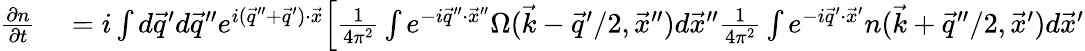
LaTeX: \begin{array}{rl}{\frac{\partial n}{\partial t}}&{{}=i\int d\vec{q}^{\prime}d\vec{q}^{\prime\prime}e^{i(\vec{q}^{\prime\prime}+\vec{q}^{\prime})\cdot\vec{x}}\Big[\frac{1}{4\pi^{2}}\int e^{-i\vec{q}^{\prime\prime}\cdot\vec{x}^{\prime\prime}}\Omega(\vec{k}-\vec{q}^{\prime}/2,\vec{x}^{\prime\prime})d\vec{x}^{\prime\prime}\frac{1}{4\pi^{2}}\int e^{-i\vec{q}^{\prime}\cdot\vec{x}^{\prime}}n(\vec{k}+\vec{q}^{\prime\prime}/2,\vec{x}^{\prime})d\vec{x}^{\prime}}\end{array}